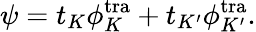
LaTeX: \psi=t_{K}\phi_{K}^{\mathrm{tra}}+t_{K^{\prime}}\phi_{K^{\prime}}^{\mathrm{tra}}.